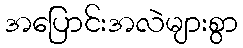
အပြောင်းအလဲများစွာ